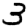
Digit: 3